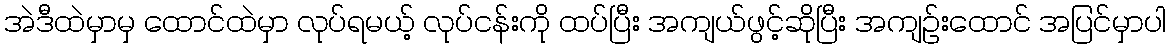
အဲဒီထဲမှာမှ ထောင်ထဲမှာ လုပ်ရမယ့် လုပ်ငန်းကို ထပ်ပြီး အကျယ်ဖွင့်ဆိုပြီး အကျဉ်းထောင် အပြင်မှာပါ